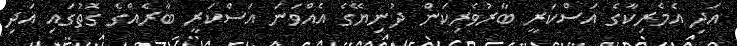
އަދި އެމެރިކާގެ އަސްކަރީ ބާރުވެރިކަން ދުނިޔޭގެ އެއްވަނަ އަސްކަރީ ބާރެއްގެ ގޮތުގައި އަދި